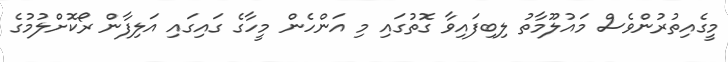
މީގެއިތުރުންވެސް މައުލޫމާތު ލިބިފައިވާ ގޮތުގައި މި އަންހެން މީހާގެ ގައިގައި އަލިފާން ރޯކޮށްލުމުގެ